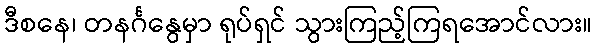
ဒီစနေ၊ တနင်္ဂနွေမှာ ရုပ်ရှင် သွားကြည့်ကြရအောင်လား။